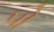
પો